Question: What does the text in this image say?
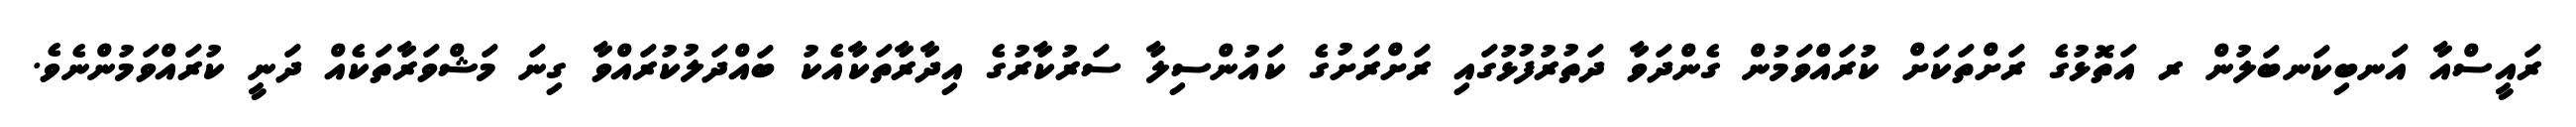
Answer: ރައީސްއާ އަނބިކަނބަލުން ރ އަތޮޅުގެ ރަށްތަކަށް ކުރައްވަމުން ގެންދަވާ ދަތުރުފުޅުގައި ރަށްރަށުގެ ކައުންސިލާ ސަރުކާރުގެ އިދާރާތަކާއެކު ބައްދަލުކުރައްވާ ގިނަ މަޝްވަރާތަކެއް ދަނީ ކުރައްވަމުންނެވެ.